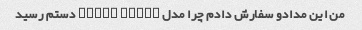
من این مدادو سفارش دادم چرا مدل ultra black دستم رسید